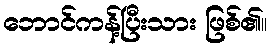
ဘောင်ကန့်ပြီးသား ဖြစ်၏။